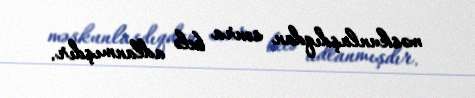
məskunlaşdıqdan sonra belə adlanmışdır.